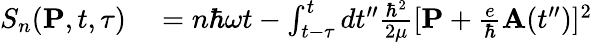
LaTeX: \begin{array}{rl}{S_{n}({\mathbf P},t,\tau)}&{{}=n\hbar\omega t-\int_{t-\tau}^{t}dt^{\prime\prime}\frac{\hbar^{2}}{2\mu}[{\mathbf P}+\frac{e}{\hbar}{\mathbf A}(t^{\prime\prime})]^{2}}\end{array}